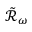
\mathcal { \tilde { R } } _ { \omega }